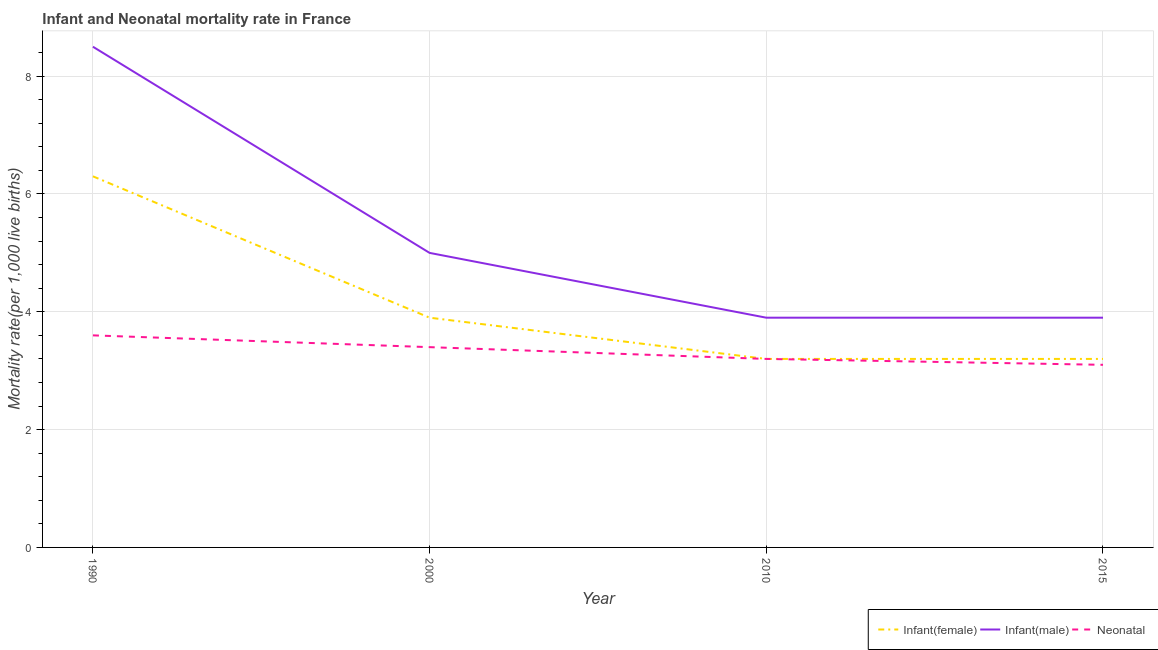
| Year | Infant(female) | Infant(male) | Neonatal  |
 | --- | --- | --- | --- |
 | 1990 | 6.3 | 8.5 | 3.6 |
 | 2000 | 3.9 | 5 | 3.4 |
 | 2010 | 3.2 | 3.9 | 3.2 |
 | 2015 | 3.2 | 3.9 | 3.1 |